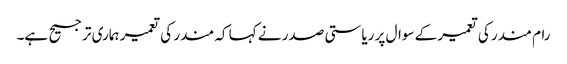
رام مندر کی تعمیر کے سوال پر ریاستی صدر نے کہا کہ مندر کی تعمیر ہماری ترجیح ہے۔